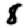
Digit: 8